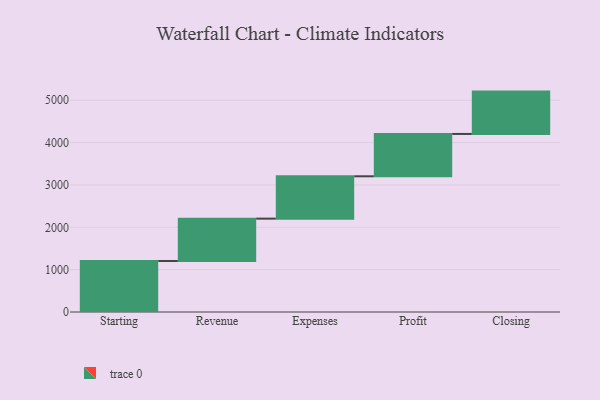
{"axis": {"x": "Step", "y": "Value"}, "legend": [""], "data": [{"x": "Starting", "y": 1205.0, "type": ""}, {"x": "Revenue", "y": 1000, "type": ""}, {"x": "Expenses", "y": 1000, "type": ""}, {"x": "Profit", "y": 1000, "type": ""}, {"x": "Closing", "y": 1000, "type": ""}]}